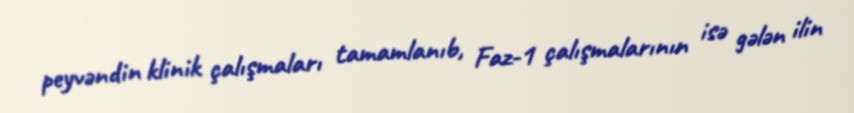
peyvəndin klinik çalışmaları tamamlanıb, Faz-1 çalışmalarının isə gələn ilin